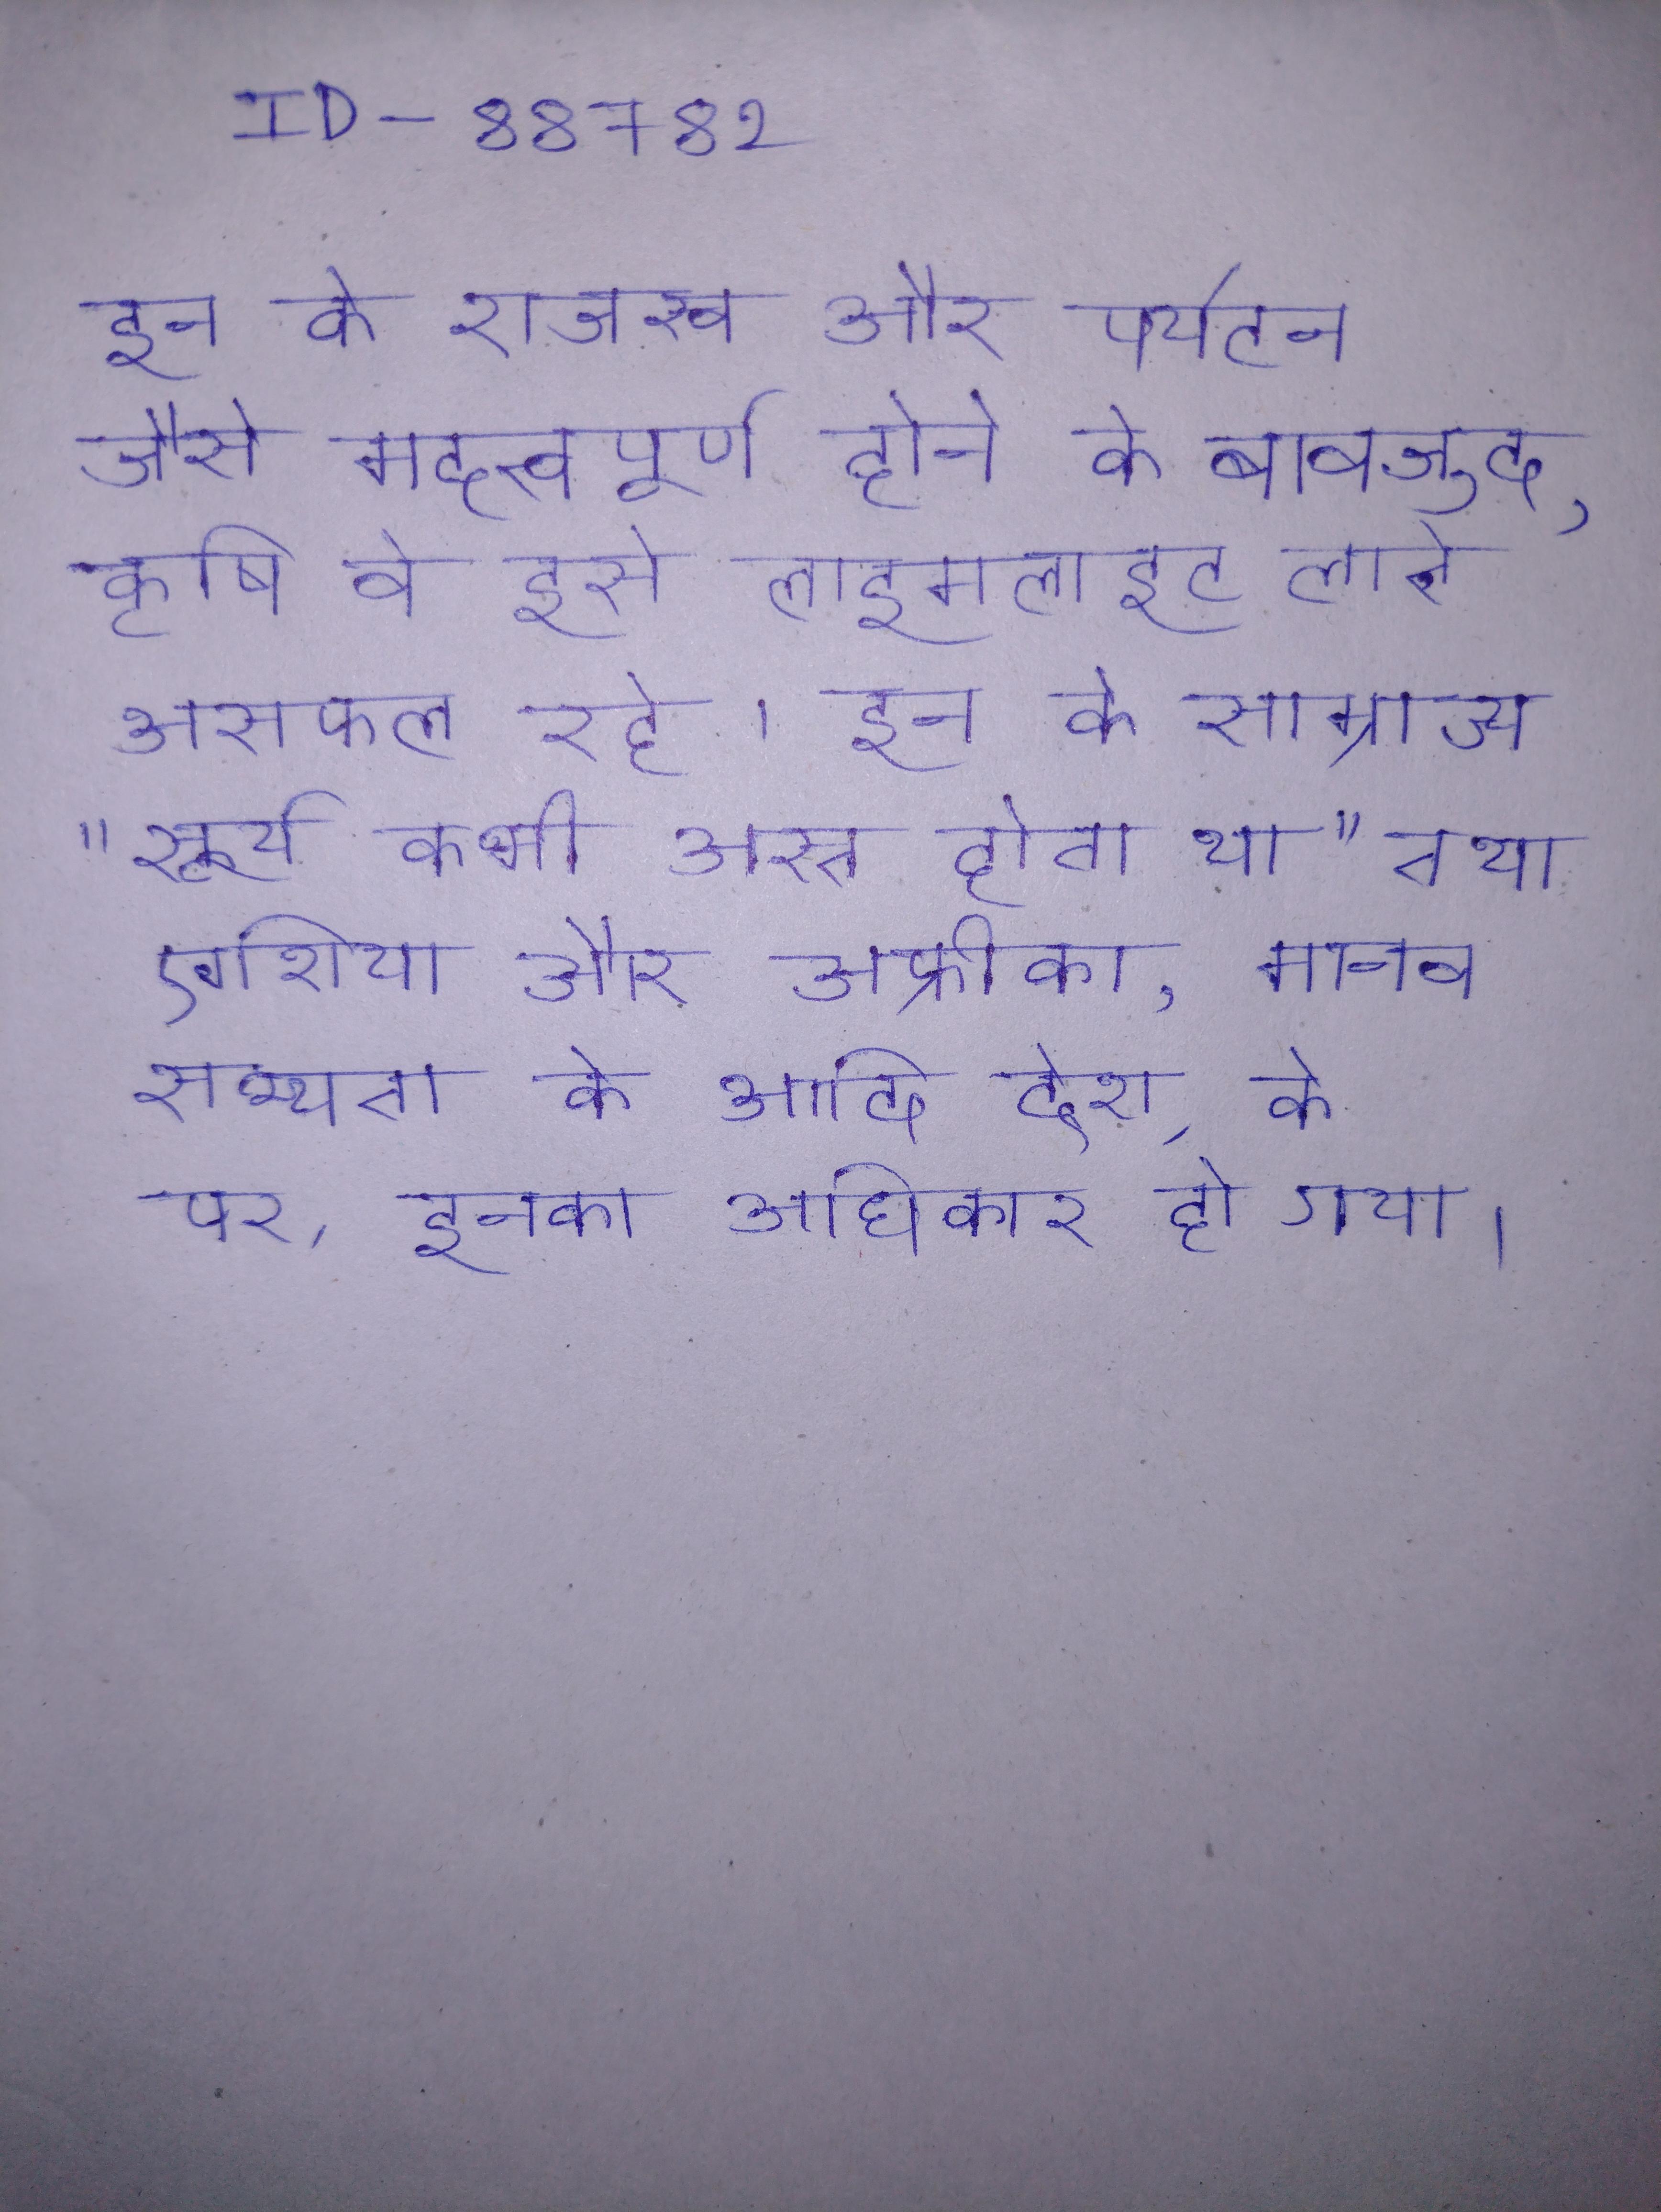
इन के राजस्व और पर्यटन जैसे महत्वपूर्ण होने के बावजूद, कृषि वे इसे लाइमलाइट लाने असफल रहे । इन के साम्राज्य "सूर्य कभी अस्त होता था" तथा एशिया और अफ्रीका, मानव सभ्यता के आदि देश, के पर, इनका अधिकार हो गया ।